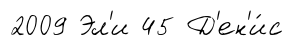
2009 Эл'и 45 Д'ен'и́с